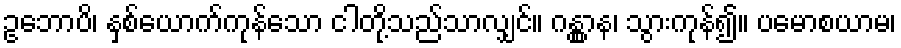
ဥဘောပိ၊ နှစ်ယောက်ကုန်သော ငါတို့သည်သာလျှင်။ ဂန္တွာန၊ သွားကုန်၍။ ပမောစယာမ၊